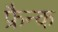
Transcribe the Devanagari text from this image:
फ्रैन्क